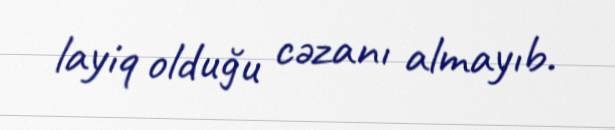
layiq olduğu cəzanı almayıb.